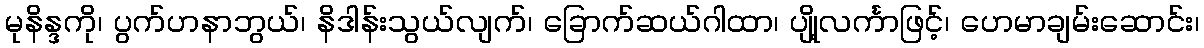
မုနိန္ဒကို၊ ပွက်ဟနာဘွယ်၊ နိဒါန်းသွယ်လျက်၊ ခြောက်ဆယ်ဂါထာ၊ ပျို့လင်္ကာဖြင့်၊ ဟေမာချမ်းဆောင်း၊